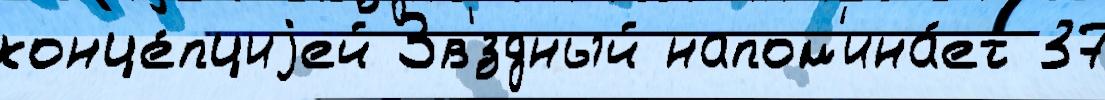
конце́пциjей Зв'́здный напом'ина́ет 37